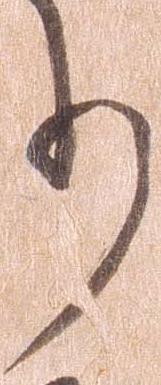
り